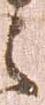
之